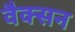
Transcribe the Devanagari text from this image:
वैक्सन